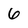
Character: 6